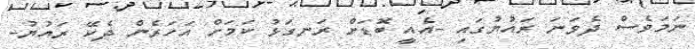
ނަމަވެސް ދެވަނަ ރައުޔުގައި -އެއީ ބޮޑަށް ރަނގަޅު ކަމަށް އަހަރެން ދެކޭ ރައުޔު-